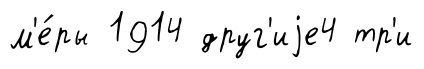
м'е́ры 1914 друг'иjе4 тр'и